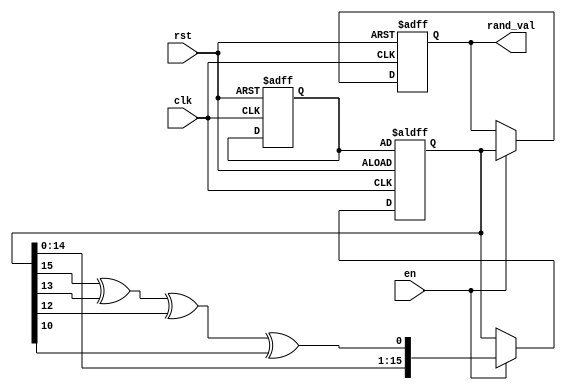
module Random_Initialization (
    input wire clk,         // Clock signal
    input wire rst,         // Asynchronous reset
    input wire en,          // Enable signal
    output reg [15:0] rand_val // Random value output (16-bit)
);

    reg [15:0] seed;        // Seed for the random number generator
    reg [15:0] random_state; // Current state of the random number generator

    // LFSR feedback polynomial: x^16 + x^14 + x^13 + x^11 + 1
    wire feedback = random_state[15] ^ random_state[13] ^ random_state[12] ^ random_state[10];

    always @(posedge clk or posedge rst) begin
        if (rst) begin
            // Reset behavior
            rand_val <= 16'h0000; // Initialize output to zero
            seed <= 16'hACE1;     // Initialize seed (can be any non-zero value)
            random_state <= seed; // Start with the seed value
        end else if (en) begin
            // Random value generation
            random_state <= {random_state[14:0], feedback}; // Shift and update state
            rand_val <= random_state; // Output the current random state
        end
    end

endmodule